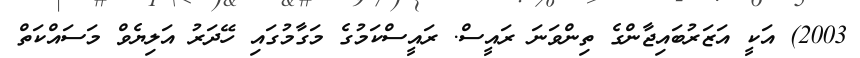
2003) އަކީ އަޒަރުބައިޖާންގެ ތިންވަނަ ރައީސް. ރައީސްކަމުގެ މަގާމުގައި ހޭދަރު އަލިޔެވް މަސައްކަތް